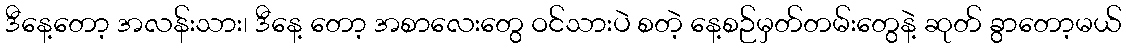
ဒီနေ့တော့ အလန်းသား၊ ဒီနေ့ တော့ အစာလေးတွေ ဝင်သားပဲ စတဲ့ နေ့စဉ်မှတ်တမ်းတွေနဲ့ ဆုတ် ခွာတော့မယ်